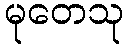
မုတေသု